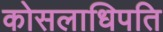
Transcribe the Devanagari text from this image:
कोसलाधिपति